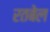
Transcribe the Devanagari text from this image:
रतबेल